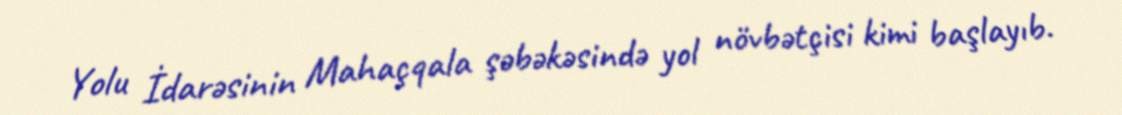
Yolu İdarəsinin Mahaçqala şəbəkəsində yol növbətçisi kimi başlayıb.